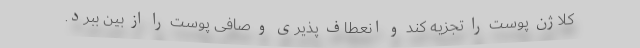
کلاژن پوست را تجزیه کند و انعطاف پذیری و صافی پوست را از بین ببرد.